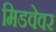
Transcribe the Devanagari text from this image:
मिडवेवर